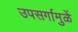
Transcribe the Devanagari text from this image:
उपसर्गामुळें